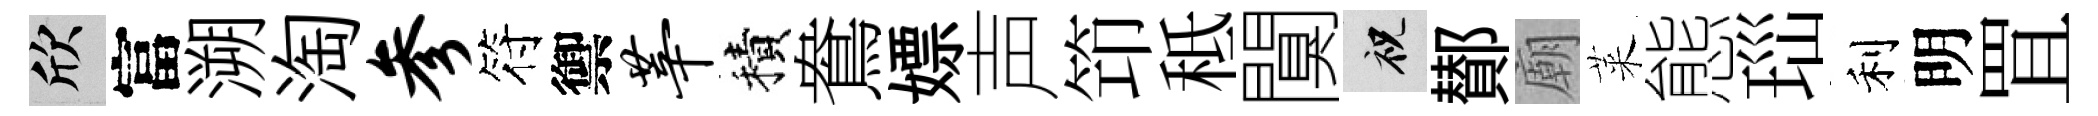
欣富溯淘参符禦莘積鴦嫖声笻秪闃祝鄼廟萊態𤤼利明罝